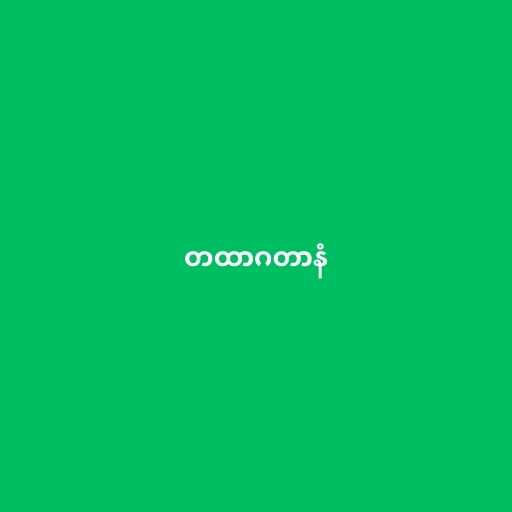
တထာဂတာနံ